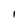
Character: 1